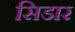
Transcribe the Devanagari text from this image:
सिडार